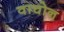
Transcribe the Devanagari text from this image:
वाचोन